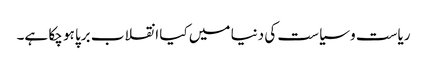
ریاست و سیاست کی دنیا میں کیا انقلاب برپا ہو چکا ہے۔